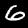
Digit: 6